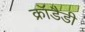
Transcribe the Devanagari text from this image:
क्रॉडैडी